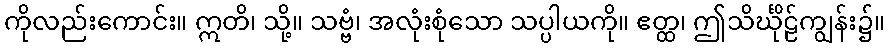
ကိုလည်းကောင်း။ ဣတိ၊ သို့။ သဗ္ဗံ၊ အလုံးစုံသော သပ္ပါယကို။ ဧတ္ထ၊ ဤသိင်္ဃိုဠ်ကျွန်း၌။